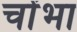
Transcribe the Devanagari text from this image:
चोंभा